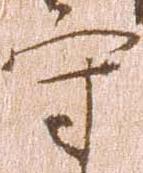
守